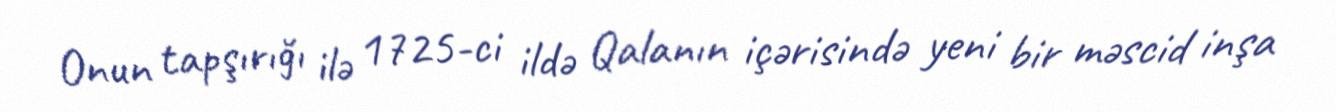
Onun tapşırığı ilə 1725-ci ildə Qalanın içərisində yeni bir məscid inşa